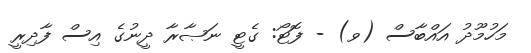
މަހުމޫދު އައްބާސް (ވ) - ފޮޓޯ: ގެޓީ ނަޞާރާ ދީނުގެ އިސް ފާދިރީ